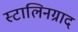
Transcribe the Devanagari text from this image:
स्टालिनग्राद